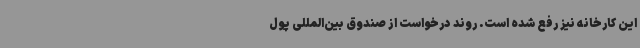
این کارخانه نیز رفع شده است. روند درخواست از صندوق بین‌المللی پول